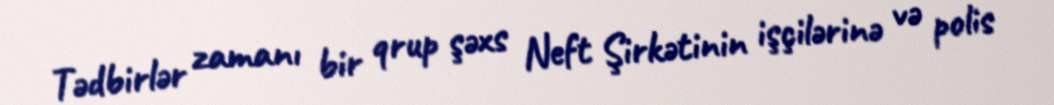
Tədbirlər zamanı bir qrup şəxs Neft Şirkətinin işçilərinə və polis